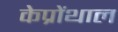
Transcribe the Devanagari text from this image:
केप्रोंथाल